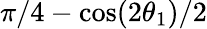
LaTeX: \pi/4-\cos(2\theta_{1})/2